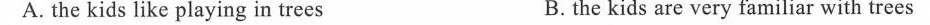
A.the kids like playing in trees B.the kids are very familiar with trees